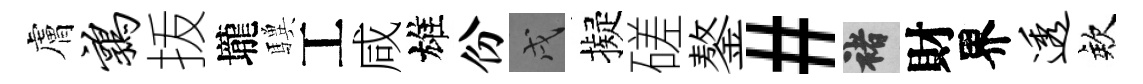
膚鹑㧞壠驥工咸雄份戌擬磋鏊#褚財界透欸